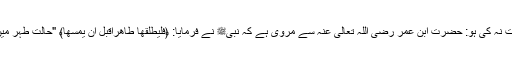
ایسے طہر میں طلاق دی گئی ہو جس میں مرد نے عورت سے مباشرت نہ کی ہو: حضرت ابن عمر رضی اللہ تعالیٰ عنہ سے مروی ہے کہ نبیﷺ نے فرمایا: ﴿فلیطلقھا طاھراقبل ان یمسھا﴾ "حالت طہر میں اس سے ہم بستری سے پہلے طلاق دے" (صحیح مسلم کتاب الطلاق)۔